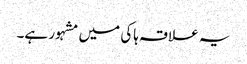
یہ علاقہ ہاکی میں مشہور ہے۔